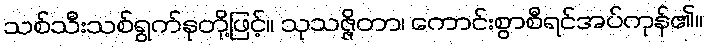
သစ်သီးသစ်ရွက်နုတို့ဖြင့်။ သုသဇ္ဇိတာ၊ ကောင်းစွာစီရင်အပ်ကုန်၏။